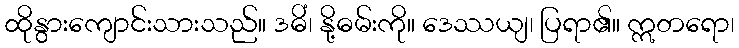
ထိုနွားကျောင်းသားသည်။ ဒဓိံ၊ နို့ဓမ်းကို။ ဒေဿယျ၊ ပြရာ၏။ ဣတရော၊